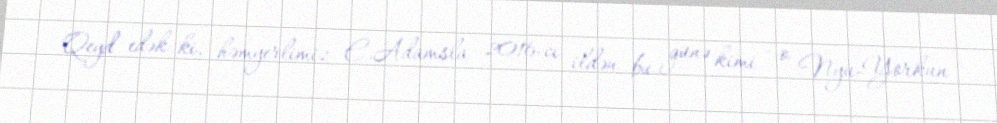
Qeyd edək ki, həmyerlimiz E.Adamsla 2016-cı ildən bu günə kimi - o Nyu-Yorkun